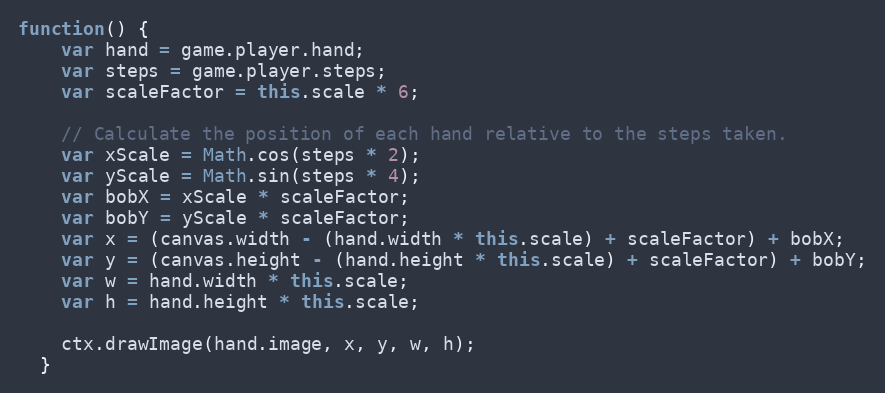
Language: JavaScript
function() {
    var hand = game.player.hand;
    var steps = game.player.steps;
    var scaleFactor = this.scale * 6;

    // Calculate the position of each hand relative to the steps taken.
    var xScale = Math.cos(steps * 2);
    var yScale = Math.sin(steps * 4);
    var bobX = xScale * scaleFactor;
    var bobY = yScale * scaleFactor;
    var x = (canvas.width - (hand.width * this.scale) + scaleFactor) + bobX;
    var y = (canvas.height - (hand.height * this.scale) + scaleFactor) + bobY;
    var w = hand.width * this.scale;
    var h = hand.height * this.scale;

    ctx.drawImage(hand.image, x, y, w, h);
  }